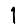
Digit: 1